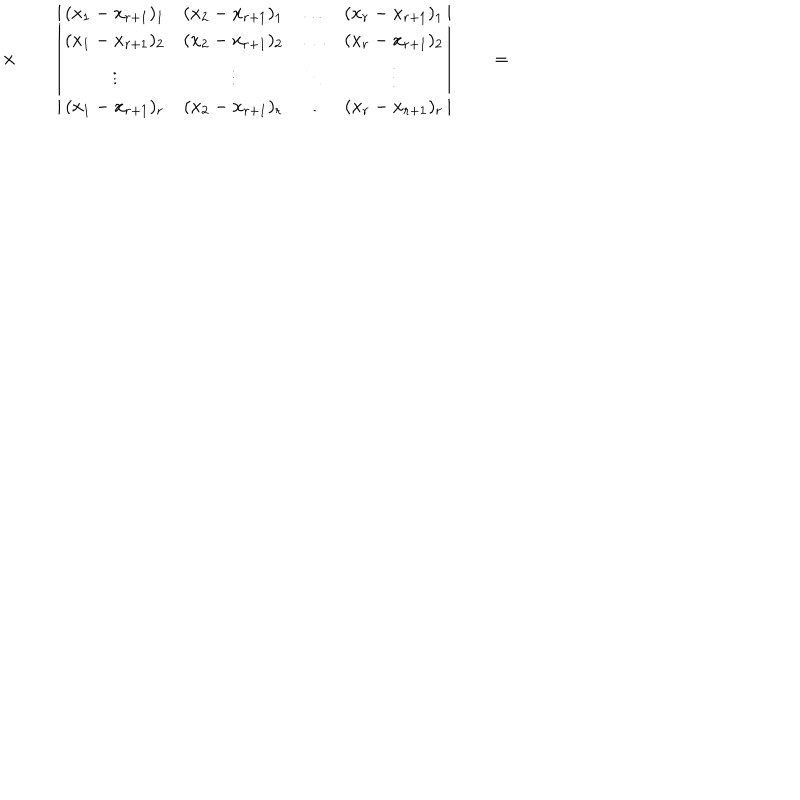
\times \qquad \left\vert \begin{array} { c c c c } { { ( x _ { 1 } - x _ { r + 1 } ) _ { 1 } } } & { { ( x _ { 2 } - x _ { r + 1 } ) _ { 1 } } } & { { \ldots } } & { { ( x _ { r } - x _ { r + 1 } ) _ { 1 } } } \\ { { ( x _ { 1 } - x _ { r + 1 } ) _ { 2 } } } & { { ( x _ { 2 } - x _ { r + 1 } ) _ { 2 } } } & { { \ldots } } & { { ( x _ { r } - x _ { r + 1 } ) _ { 2 } } } \\ { { \vdots } } & { { \vdots } } & { { \ddots } } & { { \vdots } } \\ { { ( x _ { 1 } - x _ { r + 1 } ) _ { r } } } & { { ( x _ { 2 } - x _ { r + 1 } ) _ { r } } } & { { \ldots } } & { { ( x _ { r } - x _ { r + 1 } ) _ { r } } } \\ \end{array} \right\vert \qquad = \qquad